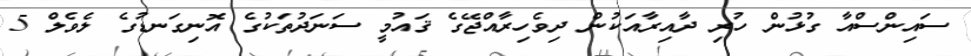
ސައިންސްއާ ގުޅުން ހުރި ދާއިރާއަކުން ދިވެހިރާއްޖޭގެ ޤައުމީ ސަނަދުތަކުގެ އޮނިގަނޑުގެ ލެވެލް 5